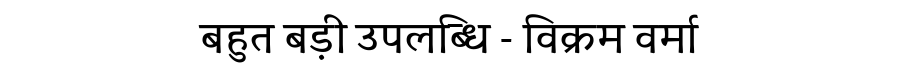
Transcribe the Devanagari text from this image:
बहुत बड़ी उपलब्धि - विक्रम वर्मा